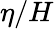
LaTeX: \eta/H